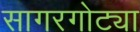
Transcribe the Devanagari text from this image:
सागरगोट्या